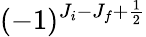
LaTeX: (-1)^{J_{i}-J_{f}+\frac{1}{2}}